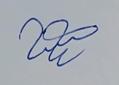
Signature authenticity: genuine